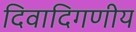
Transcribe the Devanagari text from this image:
दिवादिगणीय